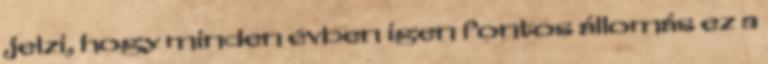
jelzi, hogy minden évben igen fontos állomás ez a